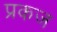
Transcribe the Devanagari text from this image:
प्रकज